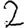
Digit: 2